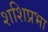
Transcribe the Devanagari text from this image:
शशिप्रभा